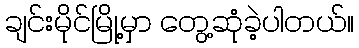
ချင်းမိုင်မြို့မှာ တွေ့ဆုံခဲ့ပါတယ်။